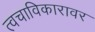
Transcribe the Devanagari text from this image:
त्वचाविकारावर